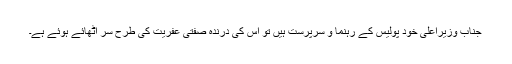
جناب وزیراعلیٰ خود پولیس کے رہنما و سرپرست ہیں تو اس کی درندہ صفتی عفریت کی طرح سر اٹھائے ہوئے ہے۔